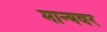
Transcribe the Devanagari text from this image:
मान्‍यवर